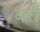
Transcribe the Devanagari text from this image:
बरीं